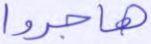
هاجروا